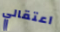
اعتقالي